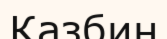
Казбин